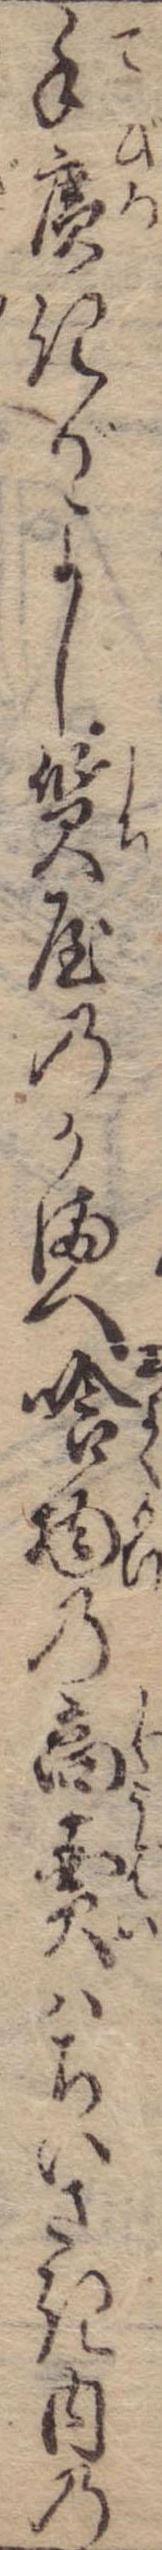
手広きがよし質屋のかまへ喰物の商売はちいさき内の